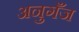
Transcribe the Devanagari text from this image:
अनुगँज